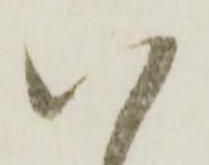
八